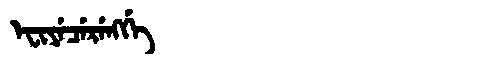
Manchu: ᡝᠸᡳᠶᡝᠴᡝᡵᡝᠩᡤᡝ
Romanization: EFIYECERENGGE